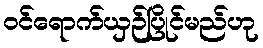
ဝင်ရောက်ယှဉ်ပြိုင်မည်ဟု